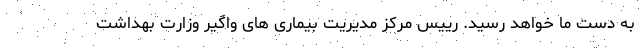
به دست ما خواهد رسید. رییس مرکز مدیریت بیماری های واگیر وزارت بهداشت